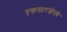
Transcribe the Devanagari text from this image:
एकसारखेपणे